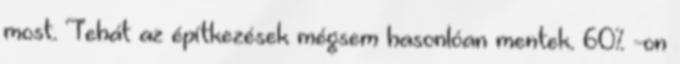
most. Tehát az építkezések mégsem hasonlóan mentek. 60% -on